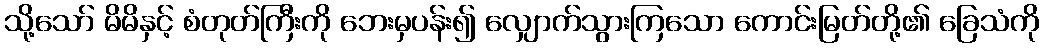
သို့သော် မိမိနှင့် စံတုတ်ကြီးကို ဘေးမှပန်း၍ လျှောက်သွားကြသော ကောင်းမြတ်တို့၏ ခြေသံကို